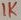
Text: 1K